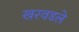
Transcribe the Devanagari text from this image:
खरवडले